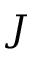
J